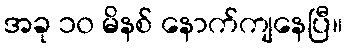
အခု ၁၀ မိနစ် နောက်ကျနေပြီ။